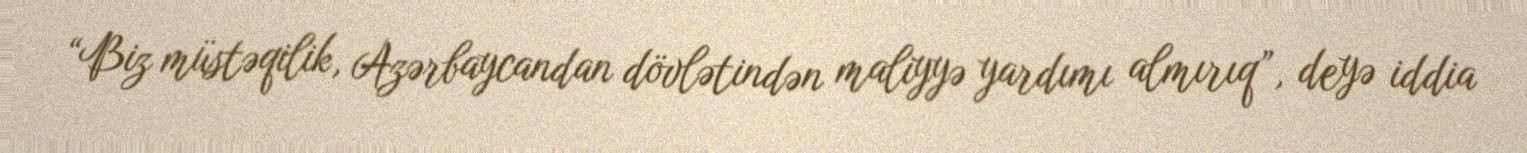
“Biz müstəqilik, Azərbaycandan dövlətindən maliyyə yardımı almırıq”, deyə iddia